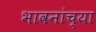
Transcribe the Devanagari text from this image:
भावनांच्या